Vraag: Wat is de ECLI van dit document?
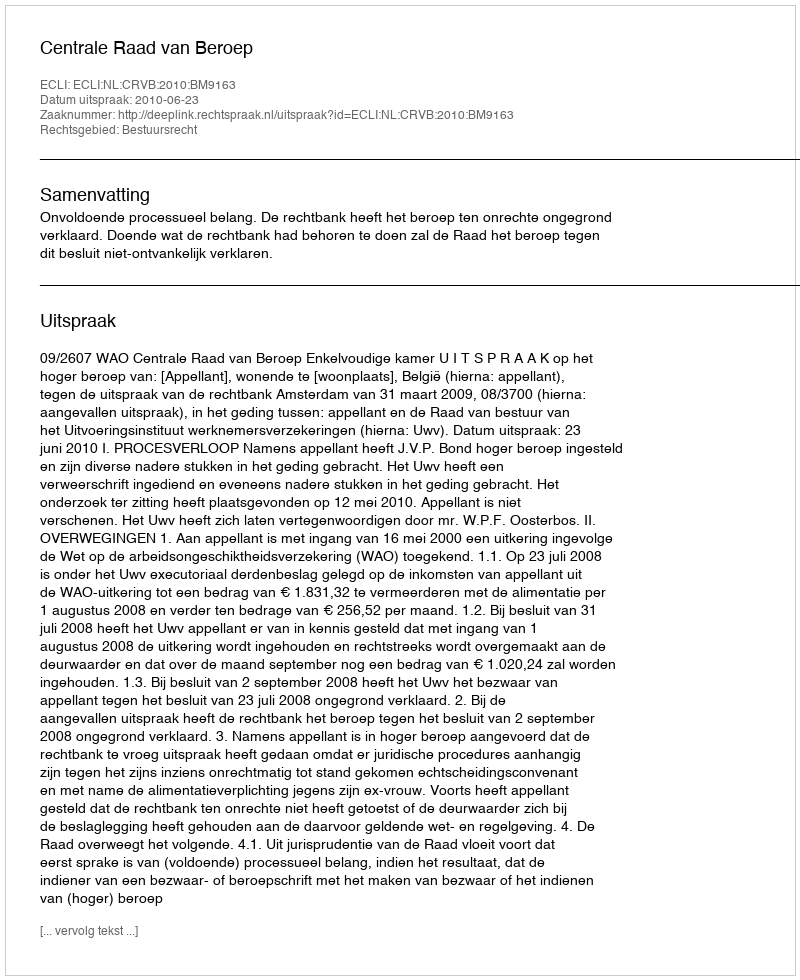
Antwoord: ECLI:NL:CRVB:2010:BM9163